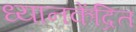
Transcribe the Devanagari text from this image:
ध्यानकेंद्रित